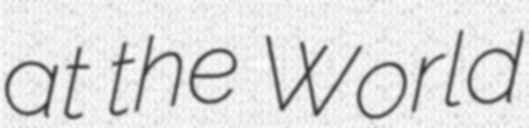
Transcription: at the World